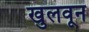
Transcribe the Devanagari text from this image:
खुलवून